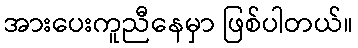
အားပေးကူညီနေမှာ ဖြစ်ပါတယ်။